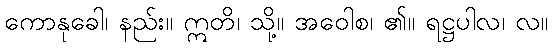
ကောနုခေါ၊ နည်း။ ဣတိ၊ သို့။ အဝေါစ၊ ၏။ ရဋ္ဌပါလ၊ လ။